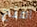
امنح